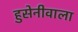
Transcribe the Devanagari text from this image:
हुसेनीवाला